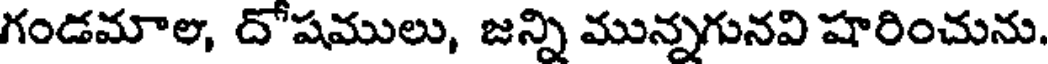
గండమాల, దోషములు, జన్ని మున్నగునవి షారించును.